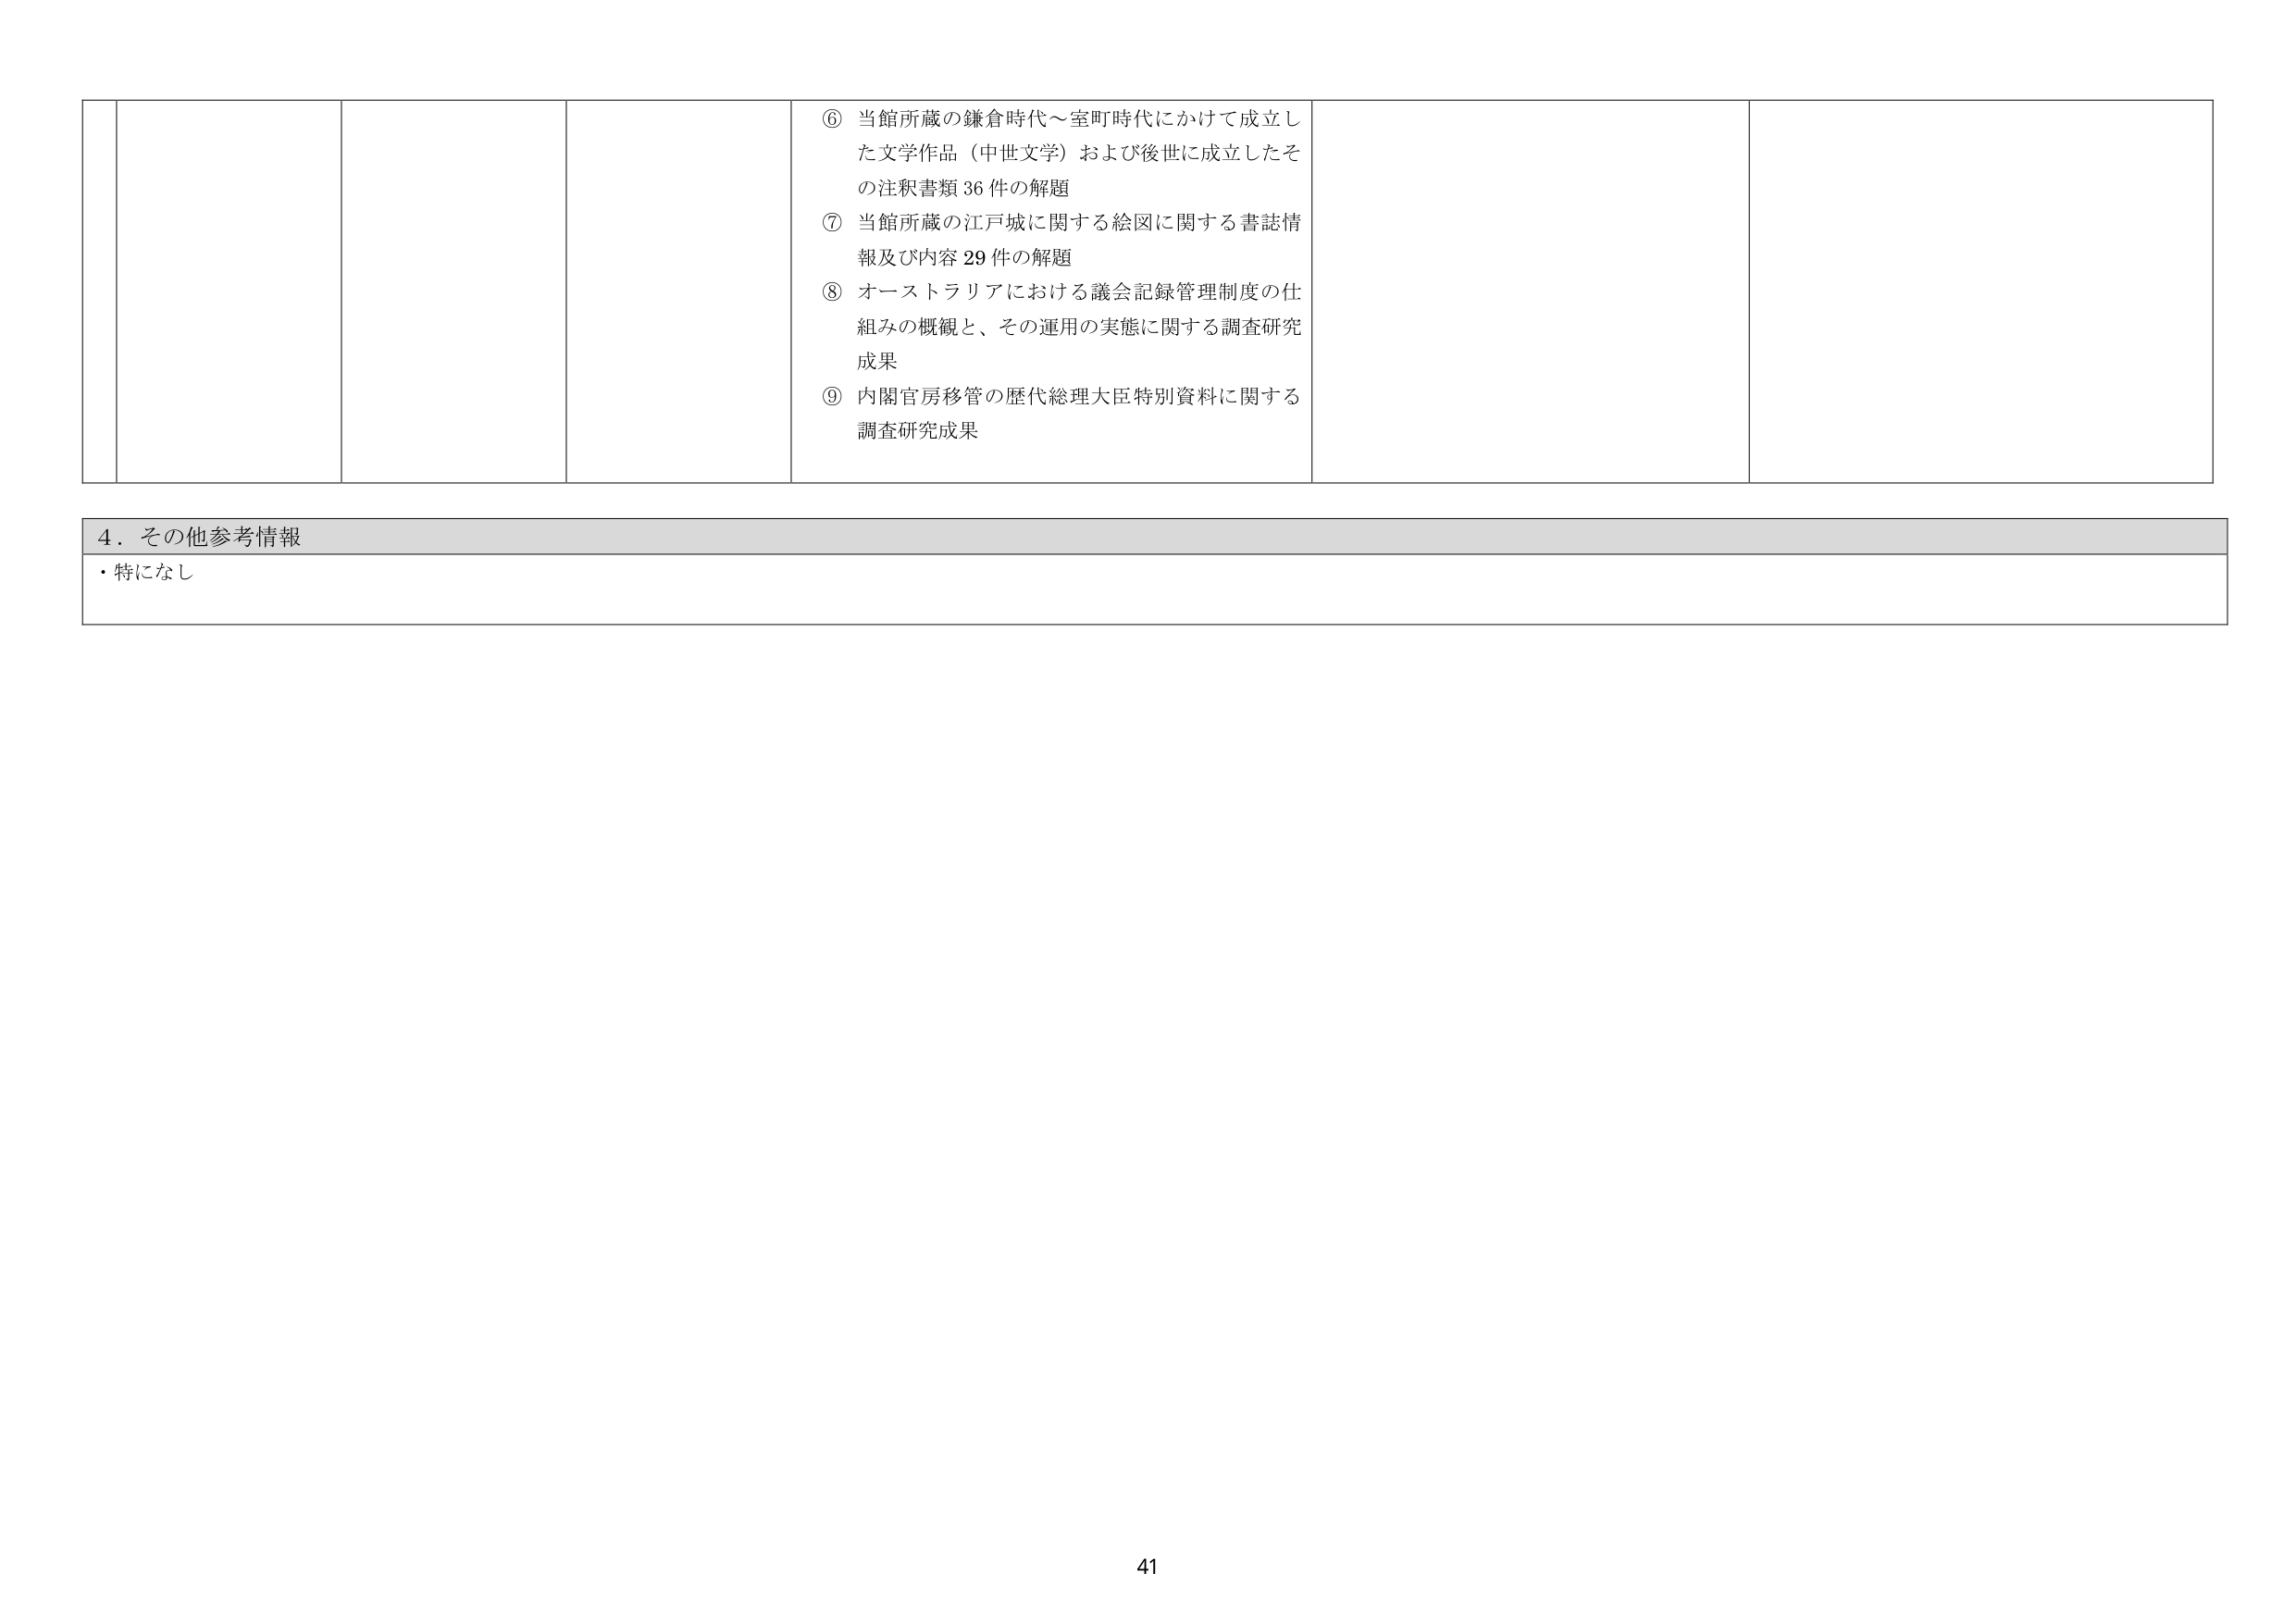
⑥ 当館所蔵の鎌倉時代～室町時代にかけて成立した文学作品（中世文学）および後世に成立したその注釈書類36件の解題
⑦ 当館所蔵の江戸城に関する絵図に関する書誌情報及び内容29件の解題
⑧ オーストラリアにおける議会記録管理制度の仕組みの概観と、その運用の実態に関する調査研究成果
⑨ 内閣官房移管の歴代総理大臣特別資料に関する調査研究成果

4．その他参考情報
・特になし

41